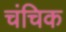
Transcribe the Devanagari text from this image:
चंचिक